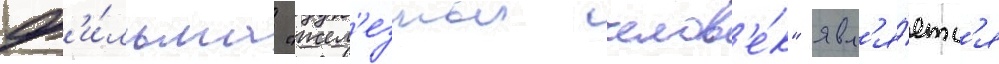
ф'и́льма "жел'езныи челов'е́к" явл'я́етс'я